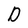
Character: D